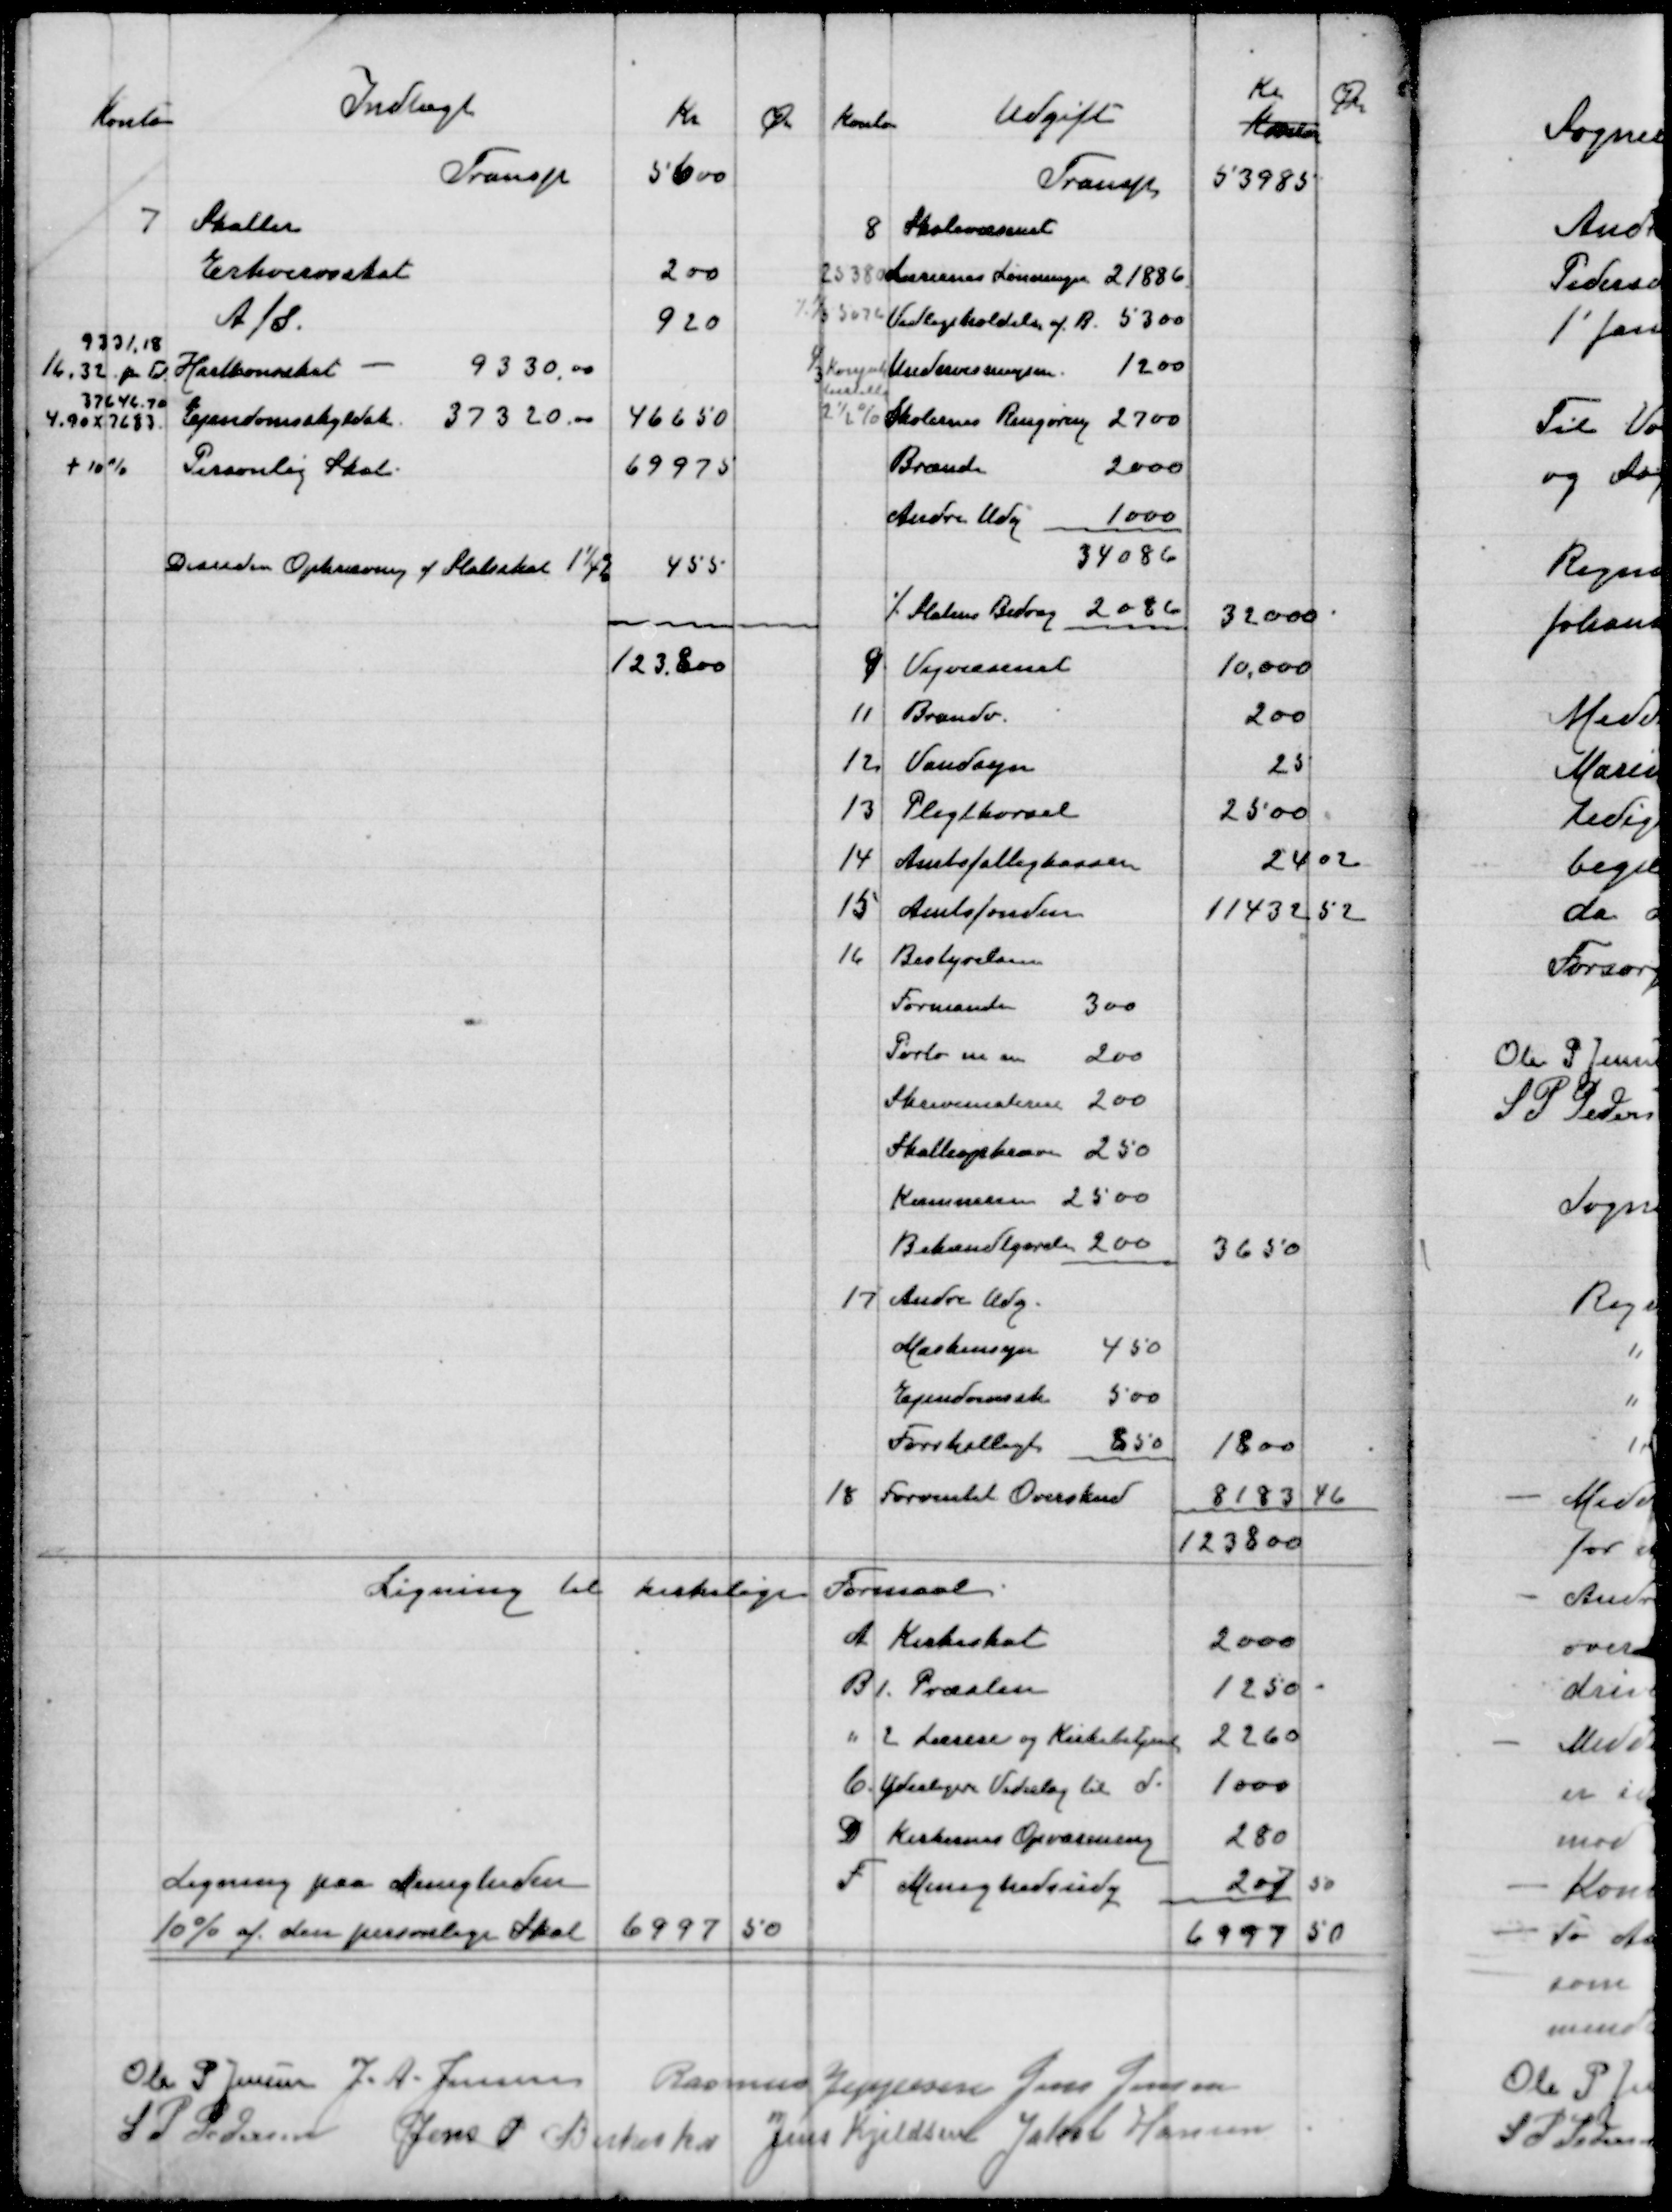
Transskription:
Ole P Jensen
J A Jensen
Rasmus Jeppesen
Jens Jensen
S P Pedersen
Jens P Birkeskov
Jens Kjeldsen
Jakob Hansen